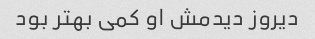
دیروز دیدمش او کمی بهتر بود